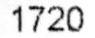
1720